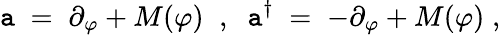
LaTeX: \mathtt{a}\; =\; \partial_{\varphi}+M(\varphi)\; \; ,\; \; \mathtt{a}^{\dagger}\; =\; -\partial_{\varphi}+M(\varphi)\; ,